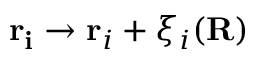
\mathbf { r _ { i } } \rightarrow \mathbf { r } _ { i } + \xi _ { i } ( \mathbf { R } )